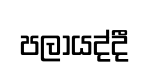
පලායද්දී